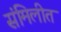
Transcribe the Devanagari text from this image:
संमिलीत